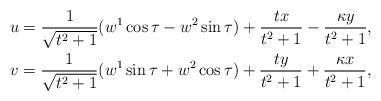
LaTeX: \begin{gather*}u=\frac1{\sqrt{t^2+1}}(w^1\cos\tau-w^2\sin\tau)+\frac{tx}{t^2+1}-\frac{\kappa y}{t^2+1},\\v=\frac1{\sqrt{t^2+1}}(w^1\sin\tau+w^2\cos\tau)+\frac{ty}{t^2+1}+\frac{\kappa x}{t^2+1},\end{gather*}